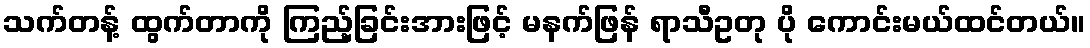
သက်တန့် ထွက်တာကို ကြည့်ခြင်းအားဖြင့် မနက်ဖြန် ရာသီဥတု ပို ကောင်းမယ်ထင်တယ်။